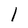
Character: l